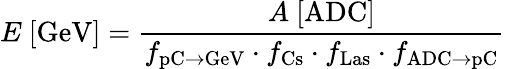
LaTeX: E\ [\mathrm{GeV}]=\frac{A\ [\mathrm{ADC}]}{f_{\mathrm{pC}\to\mathrm{GeV}}\cdot f_{\mathrm{Cs}}\cdot f_{\mathrm{Las}}\cdot f_{\mathrm{ADC}\to\mathrm{pC}}}